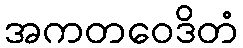
အကတဝေဒိတံ